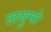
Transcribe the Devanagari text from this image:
लयुमो